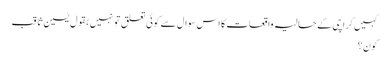
کہیں کراچی کے حالیہ واقعات کا اس سوال سے کوئی تعلق تو نہیں بقول یٰسین ثاقب
کون؟